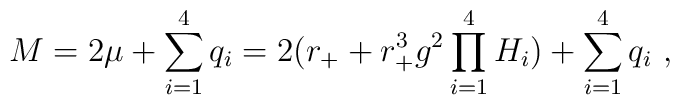
M=2 \mu +\sum_{i=1}^4q_i=2(r_++r_+^3g^2\prod_{i=1}^4H_i)+\sum_{i=1}^4q_i \ ,